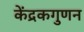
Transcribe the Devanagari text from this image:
केंद्रकगुणन